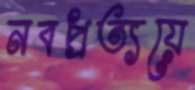
নবপ্রত্যয়ে